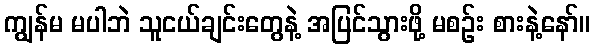
ကျွန်မ မပါဘဲ သူငယ်ချင်းတွေနဲ့ အပြင်သွားဖို့ မစဉ်း စားနဲ့နော်။